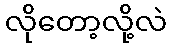
လိုတော့လို့လဲ